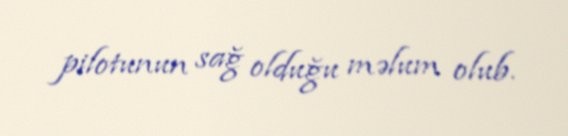
pilotunun sağ olduğu məlum olub.